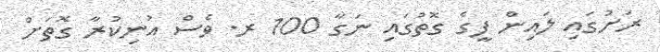
ރަށުގައި ލައިން ފީގެ ގޮތުގައި ނަގާ 100 ރ. ވެސް އުނިކުރާ ގޮތަށް